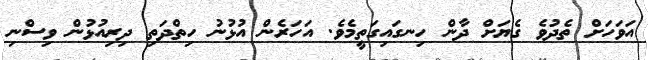
އަވަހަށް ތެދުވެ ގެޔަށް ދާން ހިނގައިގަތީމެވެ. އަހަރެން އުޅުނު ހިތްދަތި ދިރިއުޅުން ވިސްނި